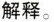
解释。